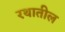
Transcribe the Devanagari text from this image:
रथातील